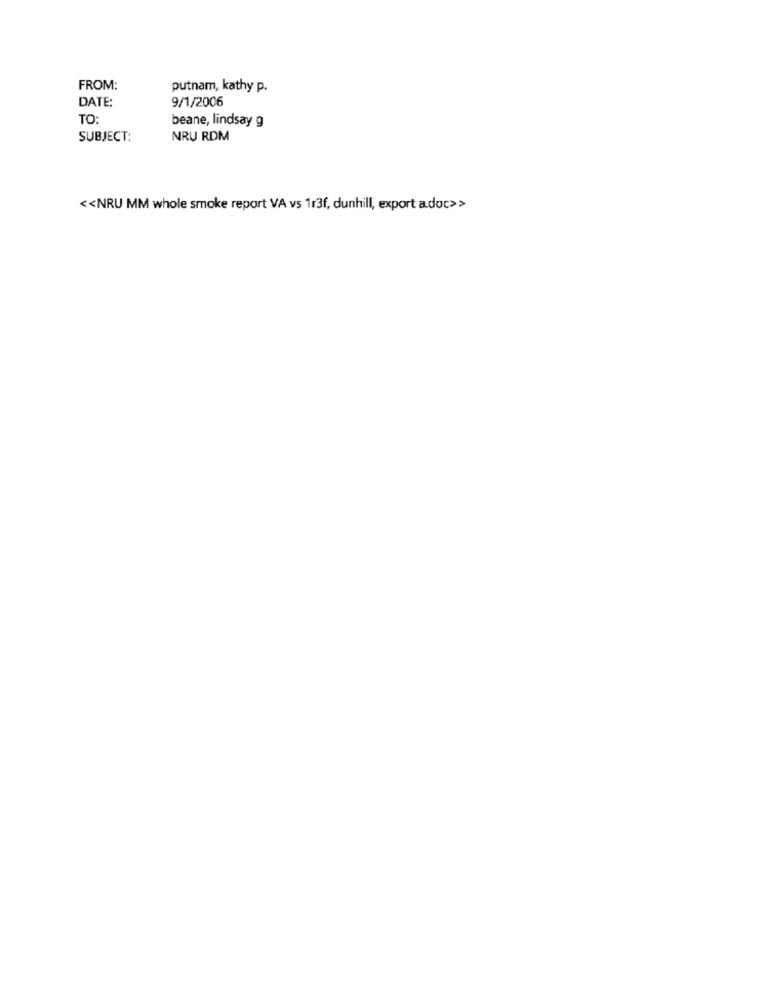
FROM:
putnam, kathy p.
DATE:
9/1/2006
TO:
beane, lindsay g
SUBJECT:
NRU RDM
<< NRU MM whole smoke report VA vs 113f, dunhill, export a.doc>>